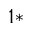
^ { 1 \ast }